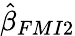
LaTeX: \hat{\beta}_{FMI2}